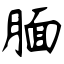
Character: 腼